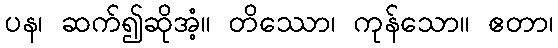
ပန၊ ဆက်၍ဆိုအံ့။ တိဿော၊ ကုန်သော။ ဧတာ၊